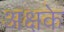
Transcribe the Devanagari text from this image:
अक्षके